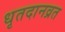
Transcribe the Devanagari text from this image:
धृतदानव्रत